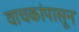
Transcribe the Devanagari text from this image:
वाचकांपासून